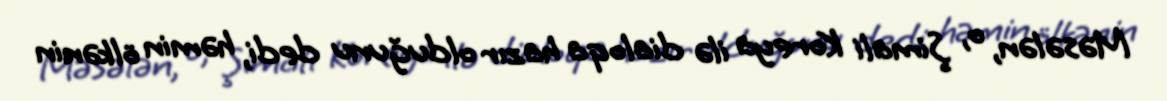
Məsələn, o, Şimali Koreya ilə dialoqa hazır olduğunu dedi, həmin ölkənin